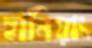
হানিয়াং